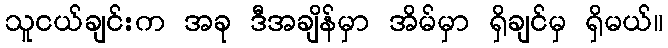
သူငယ်ချင်းက အခု ဒီအချိန်မှာ အိမ်မှာ ရှိချင်မှ ရှိမယ်။